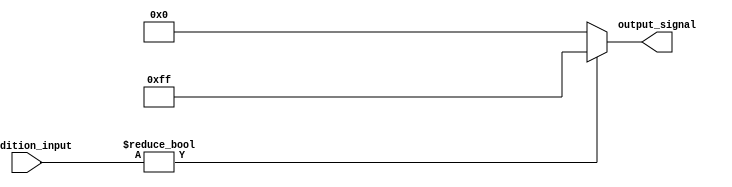
module conditional_operator_example (
    input wire [3:0] condition_input, // 4-bit input signal
    output reg [7:0] output_signal     // 8-bit output signal
);

    always @(*) begin
        // Conditional operator assignment
        output_signal = (condition_input != 4'b0000) ? 8'hFF : 8'h00;
    end

endmodule